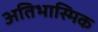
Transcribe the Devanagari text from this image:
अतिभास्मिक